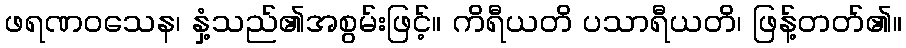
ဖရဏဝသေန၊ နှံ့သည်၏အစွမ်းဖြင့်။ ကိရီယတိ ပသာရီယတိ၊ ဖြန့်တတ်၏။